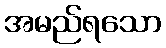
အမည်ရသော